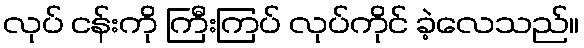
လုပ် ငန်းကို ကြီးကြပ် လုပ်ကိုင် ခဲ့လေသည်။